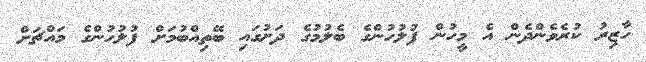
ހާޒިރު ކުރެވެންދެން އެ މީހުން ފުލުހުންގެ ބެލުމުގެ ދަށުގައި ބޭތިއްބުމަށް ފުލުހުންގެ މައްޗަށް